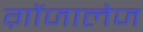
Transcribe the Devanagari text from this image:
ग़ोंजालेज